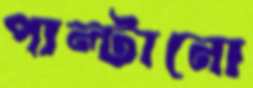
পাল্টানো